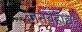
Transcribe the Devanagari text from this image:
जनबहाद्यः